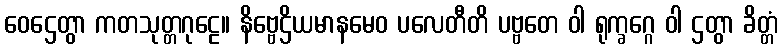
ဝေဌေတွာ ကတသုတ္တဂုဠေ။ နိဗ္ဗေဌိယမာနမေဝ ပလေတီတိ ပဗ္ဗတေ ဝါ ရုက္ခဂ္ဂေ ဝါ ဌတွာ ခိတ္တံ